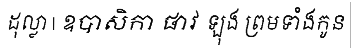
ដុល្លា | ឧបាសិកា ផាវ ឡុង ព្រមទាំងកូន